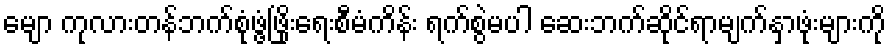
မျော ကုလားတန်ဘက်စုံဖွံ့ဖြိုးရေးစီမံကိန်း ရက်စွဲမပါ ဆေးဘက်ဆိုင်ရာမျက်နှာဖုံးများကို